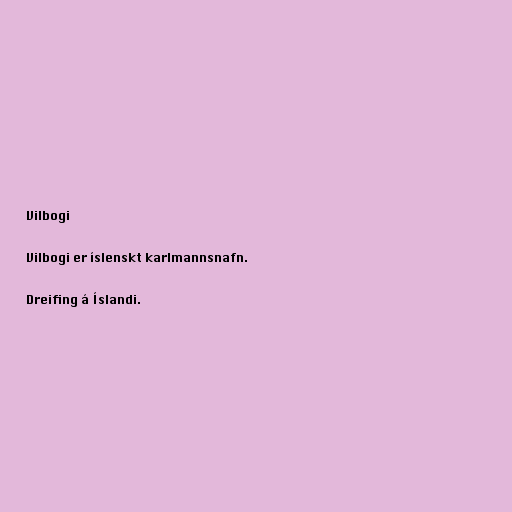
Vilbogi

Vilbogi er íslenskt karlmannsnafn.

Dreifing á Íslandi.